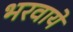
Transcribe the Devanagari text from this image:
भरवाये